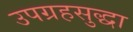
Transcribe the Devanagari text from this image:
उपग्रहसुद्धा